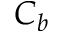
C _ { b }